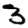
Digit: 3